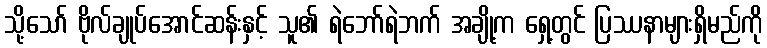
သို့သော် ဗိုလ်ချုပ်အောင်ဆန်းနှင့် သူ၏ ရဲဘော်ရဲဘက် အချို့က ရှေ့တွင် ပြဿနာများရှိမည်ကို